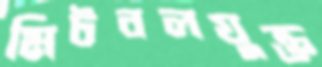
মিটবলযুক্ত